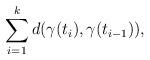
LaTeX: \begin{align*}\sum_{i=1}^k d(\gamma(t_i),\gamma(t_{i-1})),\end{align*}